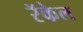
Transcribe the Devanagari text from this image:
रॅकेल